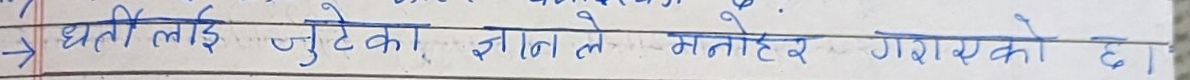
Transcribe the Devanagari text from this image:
धर्ती लाई जुतेका, ज्ञान ले मनोहर गराएको छ ।